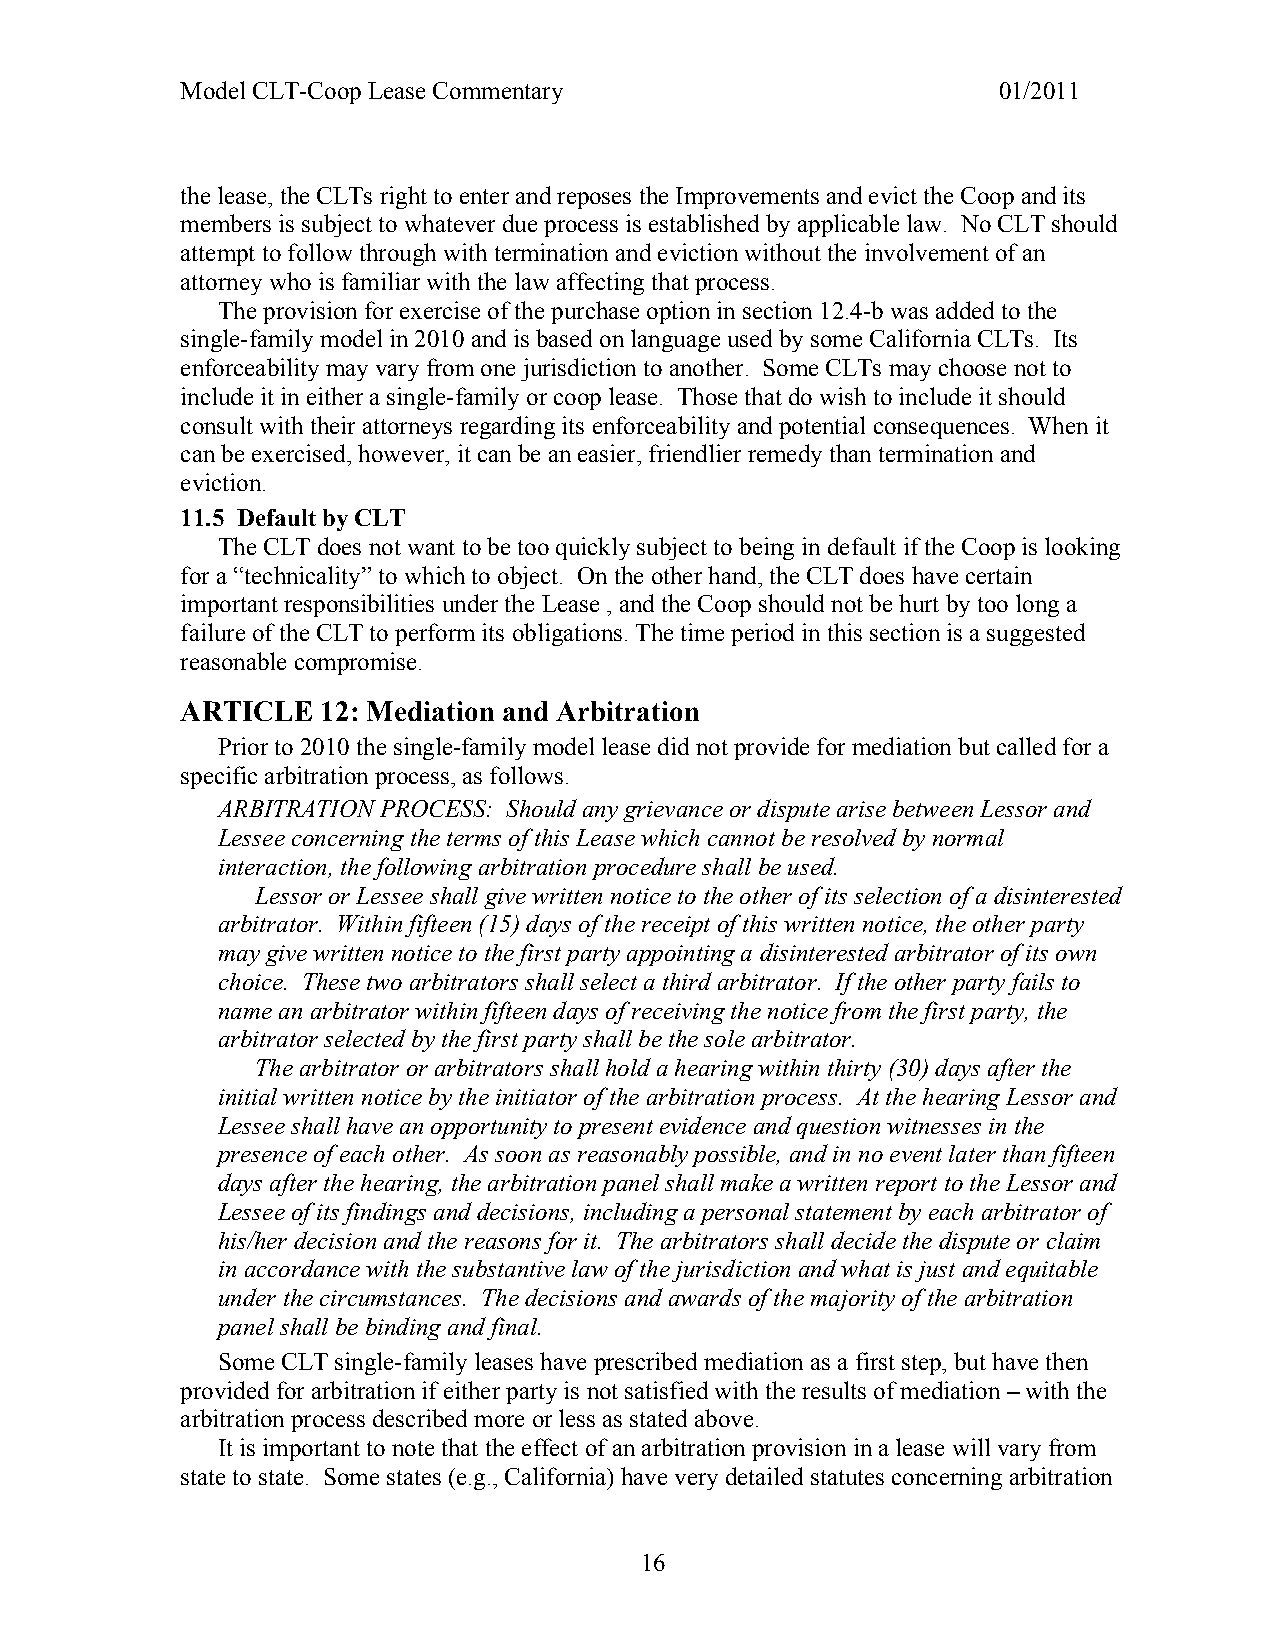
Model CLT-Coop Lease Commentary                       01/2011
 the lease, the CLTs right to enter and reposes the Improvements and evict the Coop and its
 members is subject to whatever due process is established by applicable law. No CLT should
 attempt to follow through with termination and eviction without the involvement of an
 attorney who is familiar with the law affecting that process.
 The provision for exercise of the purchase option in section 12.4-b was added to the
 single-family model in 2010 and is based on language used by some California CLTs. Its
 enforceability may vary from one jurisdiction to another. Some CLTs may choose not to
 include it in either a single-family or coop lease. Those that do wish to include it should
 consult with their attorneys regarding its enforceability and potential consequences. When it
 can be exercised, however, it can be an easier, friendlier remedy than termination and
 eviction.
 11.5 Default by CLT
 The CLT does not want to be too quickly subject to being in default if the Coop is looking
 for a “technicality” to which to object. On the other hand, the CLT does have certain
 important responsibilities under the Lease , and the Coop should not be hurt by too long a
 failure of the CLT to perform its obligations. The time period in this section is a suggested
 reasonable compromise.
 ARTICLE  12: Mediation and Arbitration
 Prior to 2010 the single-family model lease did not provide for mediation but called for a
 specific arbitration process, as follows.
 ARBITRATION PROCESS: Should any grievance or dispute arise between Lessor and
 Lessee concerning the terms of this Lease which cannot be resolved by normal
 interaction, the following arbitration procedure shall be used.
 Lessor or Lessee shall give written notice to the other of its selection of a disinterested
 arbitrator. Within fifteen (15) days of the receipt of this written notice, the other party
 may give written notice to the first party appointing a disinterested arbitrator of its own
 choice. These two arbitrators shall select a third arbitrator. If the other party fails to
 name an arbitrator within fifteen days of receiving the notice from the first party, the
 arbitrator selected by the first party shall be the sole arbitrator.
 The arbitrator or arbitrators shall hold a hearing within thirty (30) days after the
 initial written notice by the initiator of the arbitration process. At the hearing Lessor and
 Lessee shall have an opportunity to present evidence and question witnesses in the
 presence of each other. As soon as reasonably possible, and in no event later than fifteen
 days after the hearing, the arbitration panel shall make a written report to the Lessor and
 Lessee of its findings and decisions, including a personal statement by each arbitrator of
 his/her decision and the reasons for it. The arbitrators shall decide the dispute or claim
 in accordance with the substantive law of the jurisdiction and what is just and equitable
 under the circumstances. The decisions and awards of the majority of the arbitration
 panel shall be binding and final.
 Some CLT single-family leases have prescribed mediation as a first step, but have then
 provided for arbitration if either party is not satisfied with the results of mediation – with the
 arbitration process described more or less as stated above.
 It is important to note that the effect of an arbitration provision in a lease will vary from
 state to state. Some states (e.g., California) have very detailed statutes concerning arbitration
 16